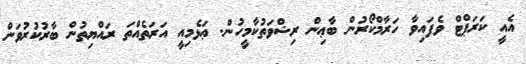
އެއީ ކަރަޕްޓް ވެފައިވާ ހަރާމްކޯރުން ބާޢިން ރިޝްވަތުކާމީހުން. ޢަޅެމިއީ އަރަތެއްތަ ރައްޔިތުން ބާރުކުރުވަން